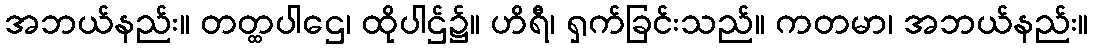
အဘယ်နည်း။ တတ္ထပါဌေ၊ ထိုပါဌ်၌။ ဟိရီ၊ ရှက်ခြင်းသည်။ ကတမာ၊ အဘယ်နည်း။